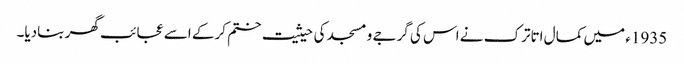
1935ء میں کمال اتاترک نے اس کی گرجے و مسجد کی حیثیت ختم کرکے اسے عجائب گھر بنادیا۔